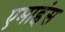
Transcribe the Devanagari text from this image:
एमाइंस